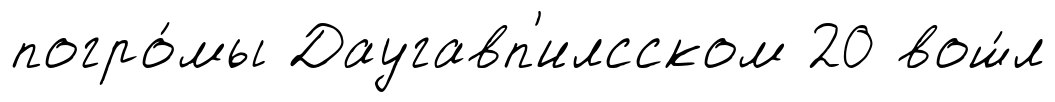
погро́мы Даугавп'илсском 20 вош́л